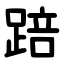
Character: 踣